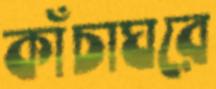
কাঁচাঘরে